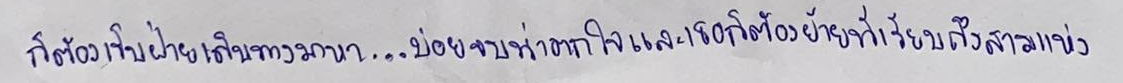
ก็ต้องเป็นฝ่ายเดินทางมาหา...บ่อยจนน่าตกใจและเธอก็ต้องย้ายที่เรียนถึงสามแห่ง